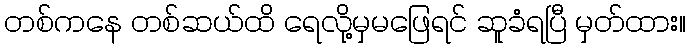
တစ်ကနေ တစ်ဆယ်ထိ ရေလို့မှမဖြေရင် ဆူခံရပြီ မှတ်ထား။